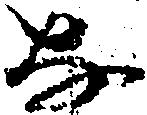
な